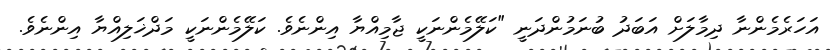
އަހަރެމެންނާ ދިމާލަށް އަބަދު ބުނަމުންދަނީ "ކަލޭމެންނަކީ ޖާމިއްޔާ އިންނެވެ. ކަލޭމެންނަކީ މަދްޚަލިއްޔާ އިންނެވެ.